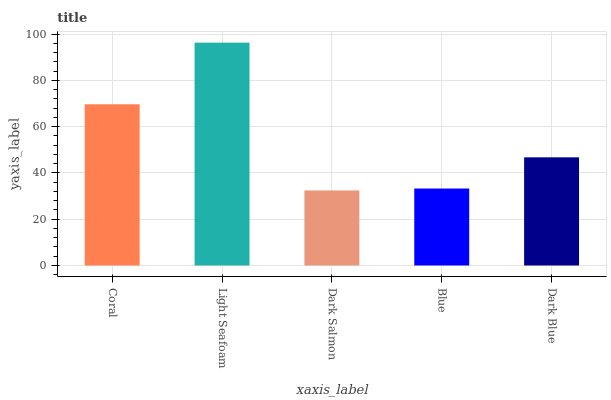
| xaxis_label | bars |
 | --- | --- |
 | Coral | 69.7 |
 | Light Seafoam | 96.3 |
 | Dark Salmon | 32.4 |
 | Blue | 33.3 |
 | Dark Blue | 46.7 |